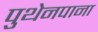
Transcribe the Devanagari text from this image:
पुथेनपाना